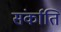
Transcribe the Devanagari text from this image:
संर्काति